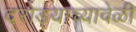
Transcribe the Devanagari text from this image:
दरोड्याच्यावेळी